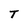
Character: T